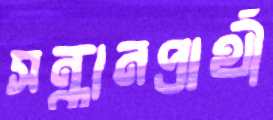
সন্ধানপ্রার্থী